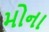
મોના